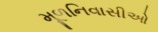
મૂળનિવાસીઓ